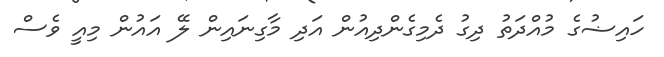
ހައިޟުގެ މުއްދަތު ދިގު ދެމިގެންދިއުން އަދި މާގިނައިން ލޭ އައުން މިއީ ވެސް